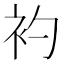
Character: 𧘑